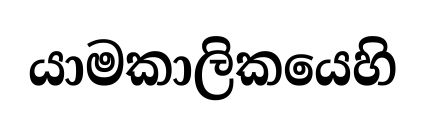
යාමකාලිකයෙහි